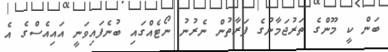
ބަން ކީ މޫންގެ ތަރުޖަމާނުގެ ފަރާތުން ނެރުނު ނޯޓެއްގައި ބުނެފައިވަނީ އައިއެސްގެ އެ